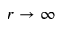
r \to \infty